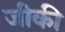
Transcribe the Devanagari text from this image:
जीकी